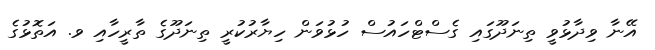
އޭނާ ވިދާޅުވީ ތިނަދޫގައި ގެސްޓްހައުސް ހުޅުވަން ހިޔާރުކުރީ ތިނަދޫގެ ތާރީހާއި ވ. އަތޮޅުގެ